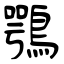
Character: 鶚